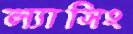
ল্যাসিং